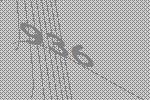
936